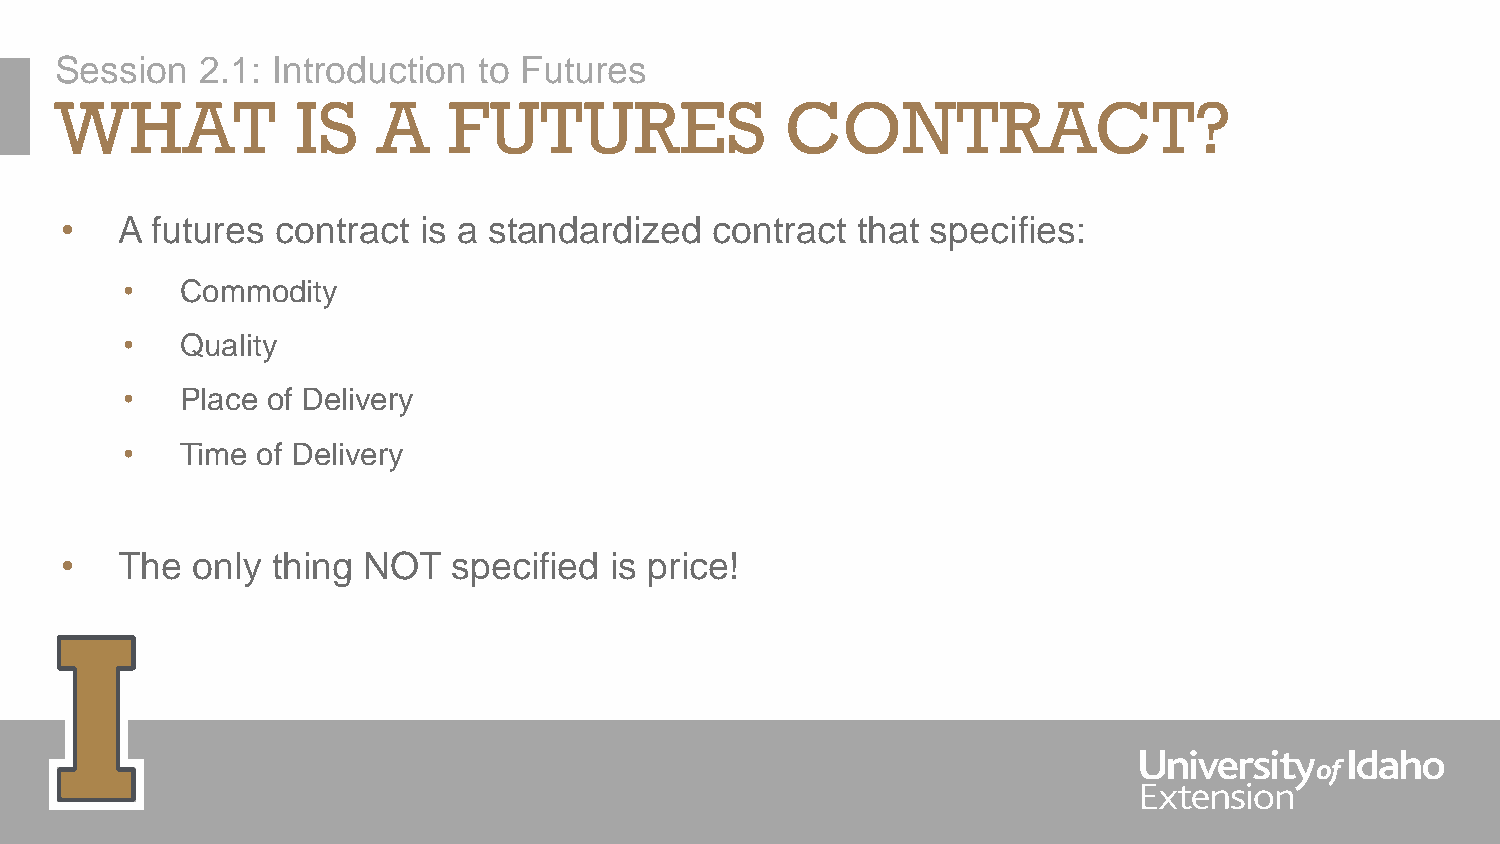
Session  2.1: Introduction  to Futures
 WHAT            IS   A    FUTURES               CONTRACT?
 •   A futures contract  is a standardized  contract  that specifies:
 •   Commodity
 •   Quality
 •   Place of Delivery
 •   Time of Delivery
 •   The  only thing NOT   specified is price!